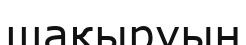
щақыруын